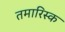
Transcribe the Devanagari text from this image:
तमारिस्क